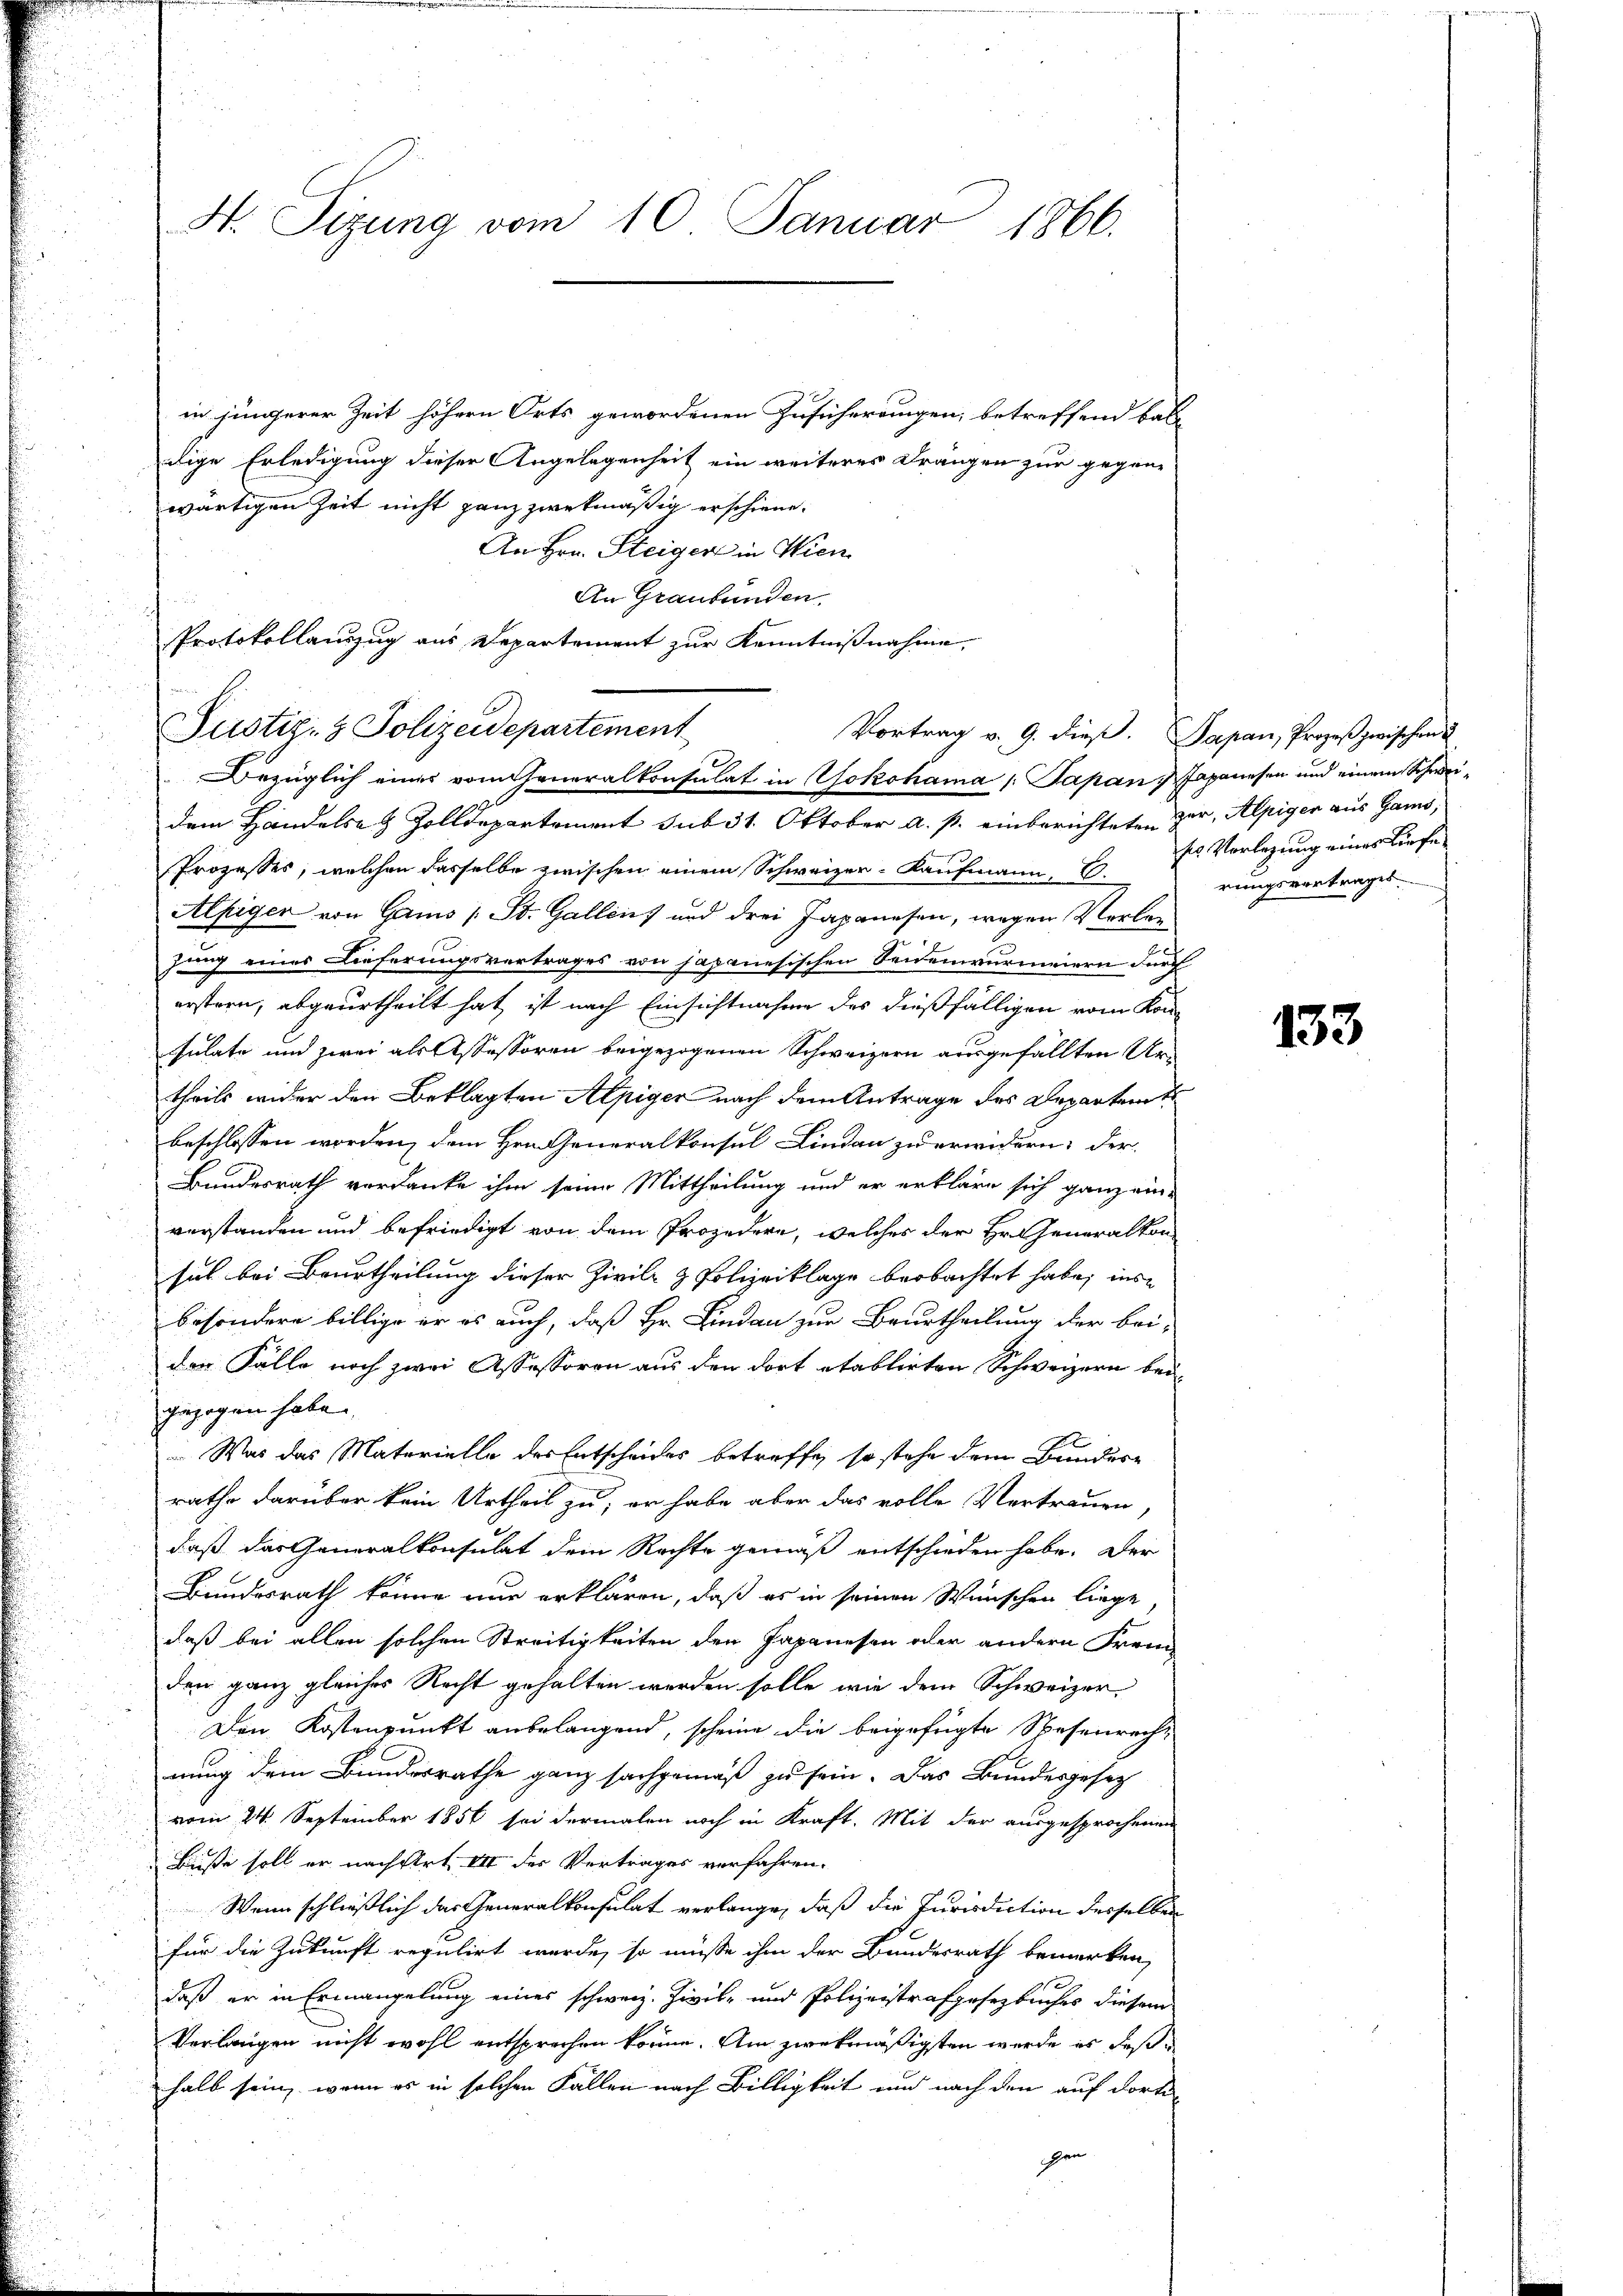
in jüngerer Zeit höhern Orts gewordenen Zusicherungen, betreffend bald
dige Erledigung dieser Angelegenheit ein weiteres Drängen zur gegen-
wärtigen Zeit nicht ganz zwekmäßig erschiene.
An Hrn. Steiger in Wien
An Graubünden.
u
Protokollauszug aus Departement zur Kenntnißnahme,

N. Tizung vom 10. Januar 1866.

Prozesses, welchen dasselbe zwischen einem Schweizer-Kaufmann, 6.
Alfiger von Gams /: St. Gallen und drei Japanesen, wegen Verbejung eines Lieferungsvertrages von japanesischen Seidenwurmeiern durch
erstern, abgeurtheilt hat, ist nach Einsichtnahme des dießfälligen vom Konsulate und zwei als Assessoren beigezogenen Schweizern ausgefällten Urtheils wider den Beklagten Alpiger nach dem Antrage des Departem
beschlossen worden, dem Hrn. Generalkonsul Lindau zu erwidern: der
Bundesrath verdanke ihm seine Mittheilung und er erkläre sich ganz ein-
verstanden und befriedigt von dem Prozedere, welches der Hr. Generalkon-
sul bei Beurtheilung dieser Zivil- & Polizeiklage beobachtet habe, ins
besondere billige er es auch, daß Hr. Lindau zur Beurtheilung der bei-
der Fälle noch zwei Assessoren aus den dort etablirten Schweizern beigezogen habe.
 Was das Materielle des Entscheides betreffe, so stehe dem Bundere
rathe darüber kein Urtheil zu, er habe aber das volle Vertrauen,
daß das Generalkonsulat dem Rechte gemäß entschieden habe. Der
Bundesrath könne nur erklären, daß es in seinen Wünschen liege,
daß bei allen solchen Streitigkeiten den Japanesen oder andern Frem
den ganz gleiches Recht gehalten werden solle, wie dem Schweizer¬
Den Kostenpunkt anbelangend, scheine die beigefügte Spesenrechnung dem Bundesrathe ganz sachgemäß zu sein. Das Bundesgesez
vom 24. September 1856 sei dermalen noch in Kraft. Mit der ausgesprochenen
Buße soll er nächstet. III der Vertrages verfahren.
Wenn schließlich das Generalkonsulat verlange, daß die Jurisdiction desselben
für die Zukunft regulirt wurde, so müsse ihm der Bundesrath bemerken,
daß er in Ermangelung eines schweiz. Zivil- und Polizeistrafgesetzbuches diesem
Verlangen nicht wohl entsprechen könne. Am zwekmäßigsten werde es deßhalb sein, wenn es in solchen Fallen nach Billigkeit und nach den auf dortigen

Justiz- & Polizeidepartement
Vortrag v. 9. dieβ. Papan, Prozeß zwischen u
Bezüglich eines vom Generalkonsulat in Yokohama /: Papan   Japanesen und einem Schweidem Handels- & Zolldepartement sub 31. Oktober a. p. einberichteten Zer, Alpiger aus Gams,

ses Vorlegung eines Lieferungsvortrages

133